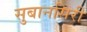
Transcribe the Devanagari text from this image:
सुबानसिरी